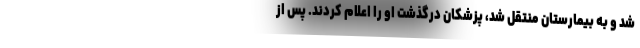
شد و به بیمارستان منتقل شد، پزشکان درگذشت او را اعلام کردند. پس از